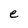
Character: e